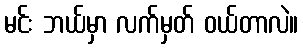
မင်း ဘယ်မှာ လက်မှတ် ဝယ်တာလဲ။